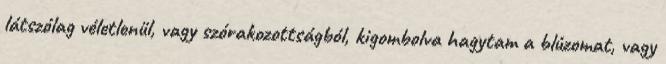
látszólag véletlenül, vagy szórakozottságból, kigombolva hagytam a blúzomat, vagy